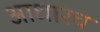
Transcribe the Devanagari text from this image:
आधारच